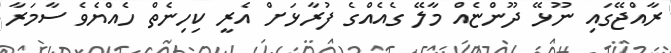
ރާއްޖޭގައި ނޫޅޭ ދޫންޏެއް މާލޭ ގެއެއްގެ ފުރާޅަށް އެރީ ކިހިނެތް ހެއްޔެވެ ސާމަރާ